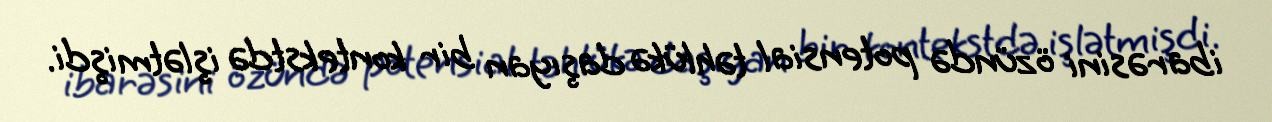
ibarəsini özündə potensial təhlükə daşıyan bir kontekstdə işlətmişdi.